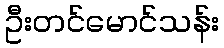
ဦးတင်မောင်သန်း